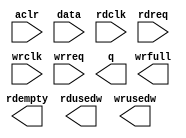
module ptp_queue (
  input          aclr,
  input	 [127:0] data,
  input	         rdclk,
  input	         rdreq,
  input	         wrclk,
  input	         wrreq,
  output [127:0] q,
  output         rdempty,
  output [  3:0] rdusedw,
  output         wrfull,
  output [  3:0] wrusedw
);

`ifdef USE_ALTERA_IP
dcfifo_128b_16 dcfifo(
  .aclr(aclr),

  .wrclk(wrclk),
  .wrreq(wrreq),
  .data(data),
  .wrfull(wrfull),
  .wrusedw(wrusedw),

  .rdclk(rdclk),
  .rdreq(rdreq),
  .q(q),
  .rdempty(rdempty),
  .rdusedw(rdusedw)
);
`endif

`ifdef USE_XILINX_IP
dcfifo_128b_16 dcfifo(
  .rst(aclr),

  .wr_clk(wrclk),
  .wr_en(wrreq),
  .din(data),
  .full(wrfull),
  .wr_data_count(wrusedw),

  .rd_clk(rdclk),
  .rd_en(rdreq),
  .dout(q),
  .empty(rdempty),
  .rd_data_count(rdusedw)
);
`endif

endmodule